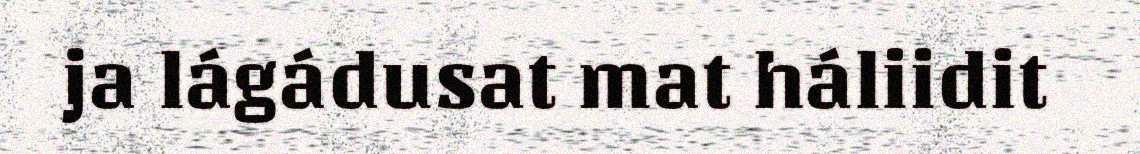
ja lágádusat mat háliidit